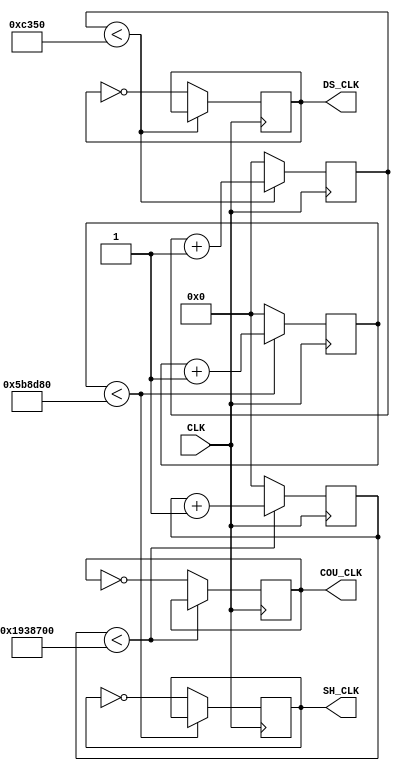
module FDIVISION(CLK, DS_CLK, COU_CLK, SH_CLK);
    input CLK;               //system clock
	 output DS_CLK, COU_CLK, SH_CLK;  //scanning and countering clock
    reg DS_CLK = 0, COU_CLK = 0, SH_CLK = 0;
	 
	 reg [24:0] counter1, counter2, counter;  //counter
   
	 //1Hz
	 always @(posedge CLK) begin
        //if (counter1 < 25'd10)     	    //for simulation
	     if (counter1 < 25'd60000000)
		      counter1 <= counter1 + 1;
		  else begin
		      COU_CLK <= ~COU_CLK;
				counter1 <= 0;
		  end
	 end
	 
	 //100Hz
	 always @(posedge CLK) begin
	     //if (counter2 < 25'd1)          //for simulation
	     if (counter2 < 25'd50000)
		      counter2 <= counter2 + 1;
		  else begin
		      DS_CLK <= ~DS_CLK;
				counter2 <= 0;
		  end
	 end
	 
	 //9Hz
	 always @(posedge CLK) begin
	     //if (counter < 25'd2)         //for simulation
	     if (counter < 25'd6000000)
		      counter <= counter + 1;
		  else begin
		      SH_CLK <= ~SH_CLK;
				counter <= 0;
		  end
	 end
		  	 		  
endmodule